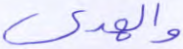
والهدى